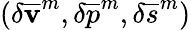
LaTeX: (\delta{\mathbf{\overline{{v}}}}^{m},\delta{{\overline{{p}}}}^{m},\delta{{\overline{{s}}}}^{m})